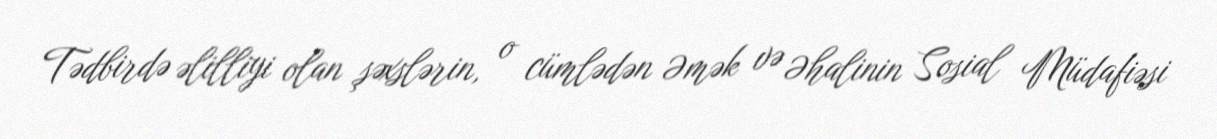
Tədbirdə əlilliyi olan şəxslərin, o cümlədən Əmək və Əhalinin Sosial Müdafiəsi